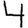
Digit: 4